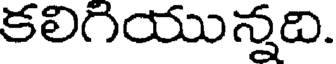
కలిగియున్నది.